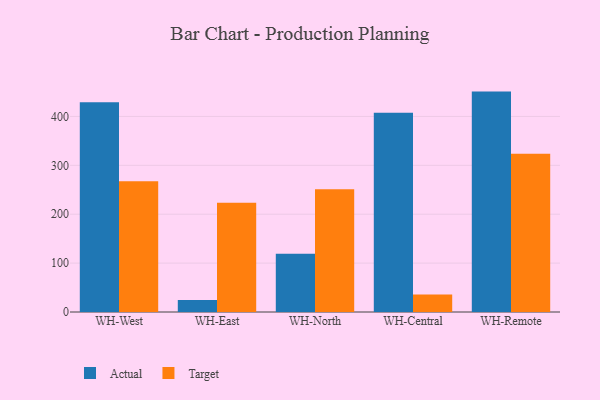
{"axis": {"x": "Warehouse", "y": "Inventory Turnover"}, "legend": ["Actual", "Target"], "data": [{"x": "WH-West", "y": 428.8, "type": "Actual"}, {"x": "WH-West", "y": 267.6, "type": "Target"}, {"x": "WH-East", "y": 24.4, "type": "Actual"}, {"x": "WH-East", "y": 223.4, "type": "Target"}, {"x": "WH-North", "y": 118.9, "type": "Actual"}, {"x": "WH-North", "y": 250.9, "type": "Target"}, {"x": "WH-Central", "y": 407.7, "type": "Actual"}, {"x": "WH-Central", "y": 35.6, "type": "Target"}, {"x": "WH-Remote", "y": 450.8, "type": "Actual"}, {"x": "WH-Remote", "y": 323.7, "type": "Target"}]}